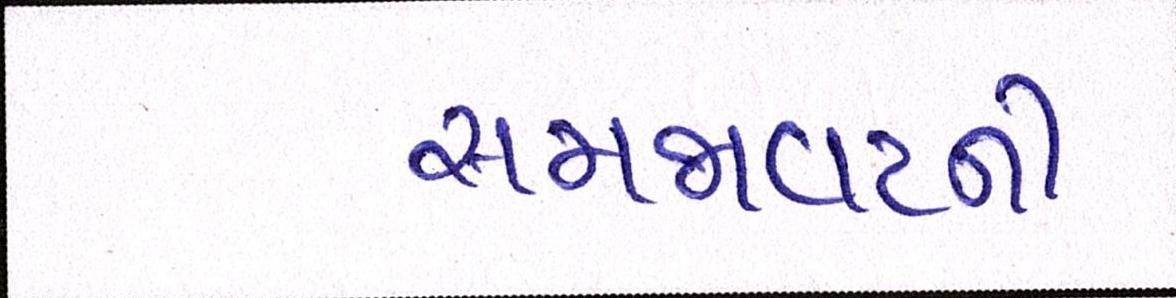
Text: સમજાવટની